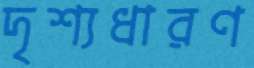
দৃশ্যধারণ